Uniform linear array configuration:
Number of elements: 12
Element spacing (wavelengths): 0.75
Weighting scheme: hamming
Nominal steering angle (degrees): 30
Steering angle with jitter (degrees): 30.398
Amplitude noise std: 0.05
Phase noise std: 0.05

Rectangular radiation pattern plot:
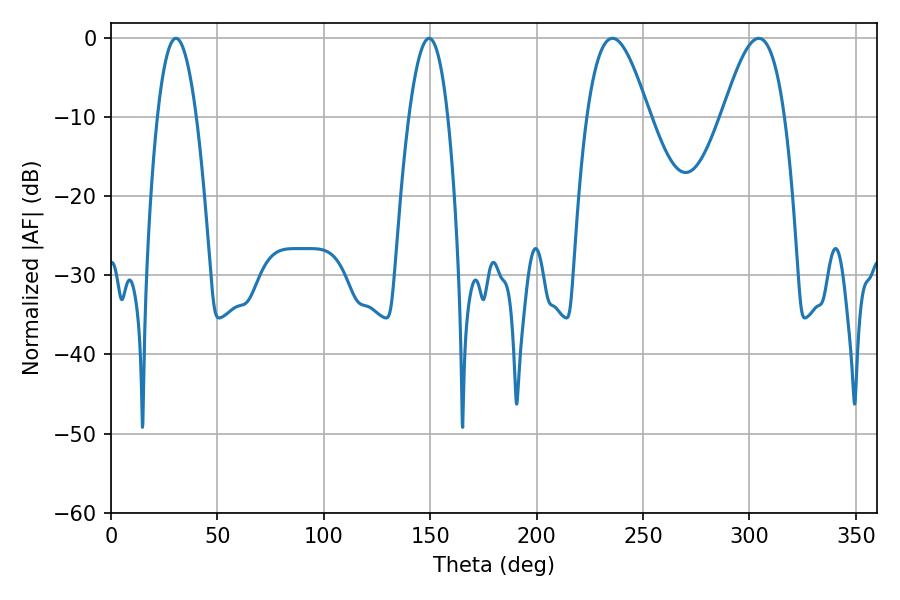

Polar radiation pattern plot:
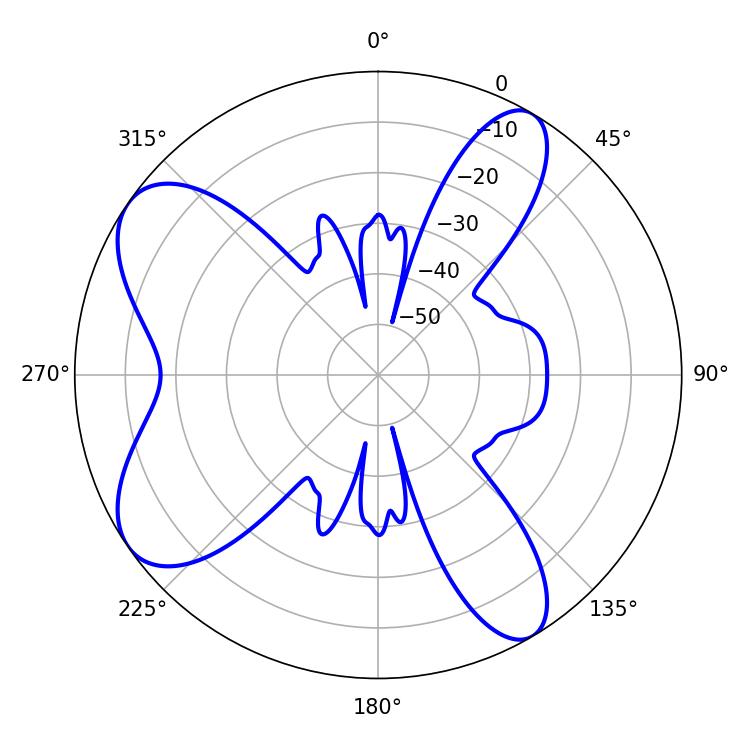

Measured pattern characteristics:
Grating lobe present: TRUE
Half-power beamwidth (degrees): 15.84
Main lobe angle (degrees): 235.62